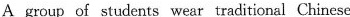
A group of students wear traditional Chinese